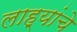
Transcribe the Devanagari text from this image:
लाह्यांचे